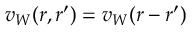
v _ { W } ( r , r ^ { \prime } ) = v _ { W } ( r - r ^ { \prime } )